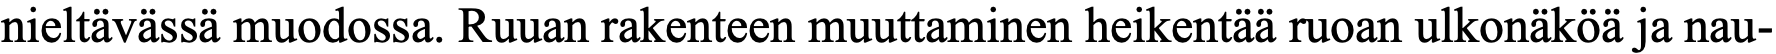
nieltävässä muodossa. Ruuan rakenteen muuttaminen heikentää ruoan ulkonäköä ja nau-